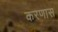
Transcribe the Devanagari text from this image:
करणास